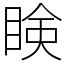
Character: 𥇥